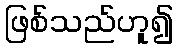
ဖြစ်သည်ဟူ၍